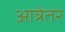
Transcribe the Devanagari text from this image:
आत्रेतर